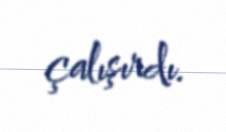
çalışırdı.